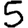
Digit: 5